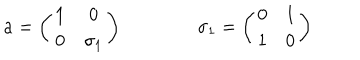
{ \bf a } = \left( \begin{matrix} { { { \bf 1 } } } & { { 0 } } \\ { { 0 } } & { { \sigma _ { 1 } } } \\ \end{matrix} \right) \qquad \qquad \sigma _ { 1 } = \left( \begin{matrix} { { 0 } } & { { 1 } } \\ { { 1 } } & { { 0 } } \\ \end{matrix} \right)